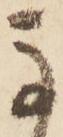
馬